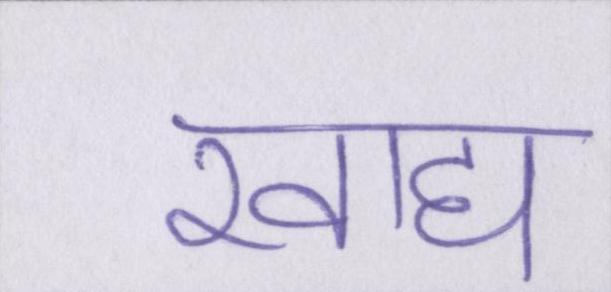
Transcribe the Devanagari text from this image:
खाद्य